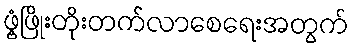
ဖွံ့ဖြိုးတိုးတက်လာစေရေးအတွက်